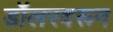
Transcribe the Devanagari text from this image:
डॉलरवरून